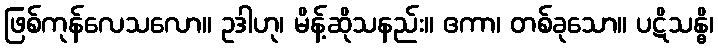
ဖြစ်ကုန်လေသလော။ ဥဒါဟု၊ မိန့်ဆိုသနည်း။ ဧကာ၊ တစ်ခုသော။ ပဋိသန္ဓိ၊